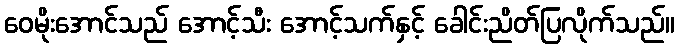
ဝေမိုးအောင်သည် အောင့်သီး အောင့်သက်နှင့် ခေါင်းညိတ်ပြလိုက်သည်။